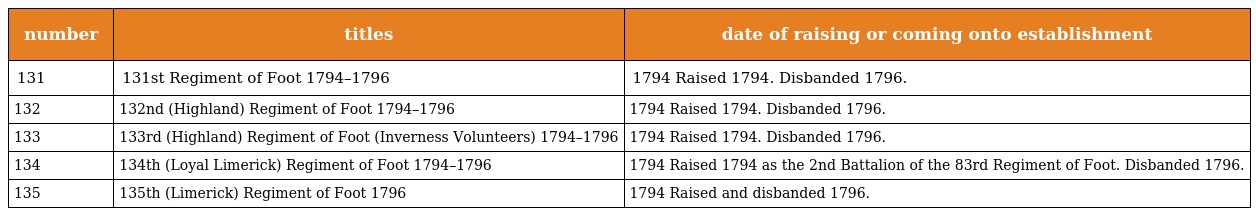
| number | titles | date of raising or coming onto establishment |
 | --- | --- | --- |
 | 131 | 131st Regiment of Foot 1794–1796 | 1794 Raised 1794. Disbanded 1796. |
 | 132 | 132nd (Highland) Regiment of Foot 1794–1796 | 1794 Raised 1794. Disbanded 1796. |
 | 133 | 133rd (Highland) Regiment of Foot (Inverness Volunteers) 1794–1796 | 1794 Raised 1794. Disbanded 1796. |
 | 134 | 134th (Loyal Limerick) Regiment of Foot 1794–1796 | 1794 Raised 1794 as the 2nd Battalion of the 83rd Regiment of Foot. Disbanded 1796. |
 | 135 | 135th (Limerick) Regiment of Foot 1796 | 1794 Raised and disbanded 1796. |